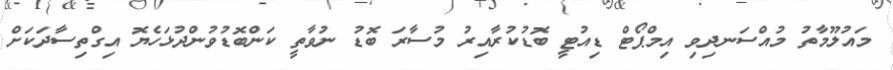
މައުލޫމާތު މުއްސަނދިވި އިމްޕޯޓް ޑިއުޓީ ބޮޑުކުރާއިރު މުސާރަ ބޮޑު ނުވާތީ ކަންބޮޑުވުންދުޅަހެޔޮ އިގްތިސާދަކަށް